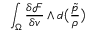
\int _ { \Omega } \frac { \delta \mathcal { F } } { \delta v } \wedge d \big ( \frac { \tilde { p } } { \rho } \big )